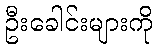
ဦးခေါင်းများကို